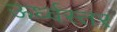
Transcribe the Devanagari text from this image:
ऊर्ध्वस्तर